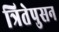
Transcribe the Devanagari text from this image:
त्रितेपुसन